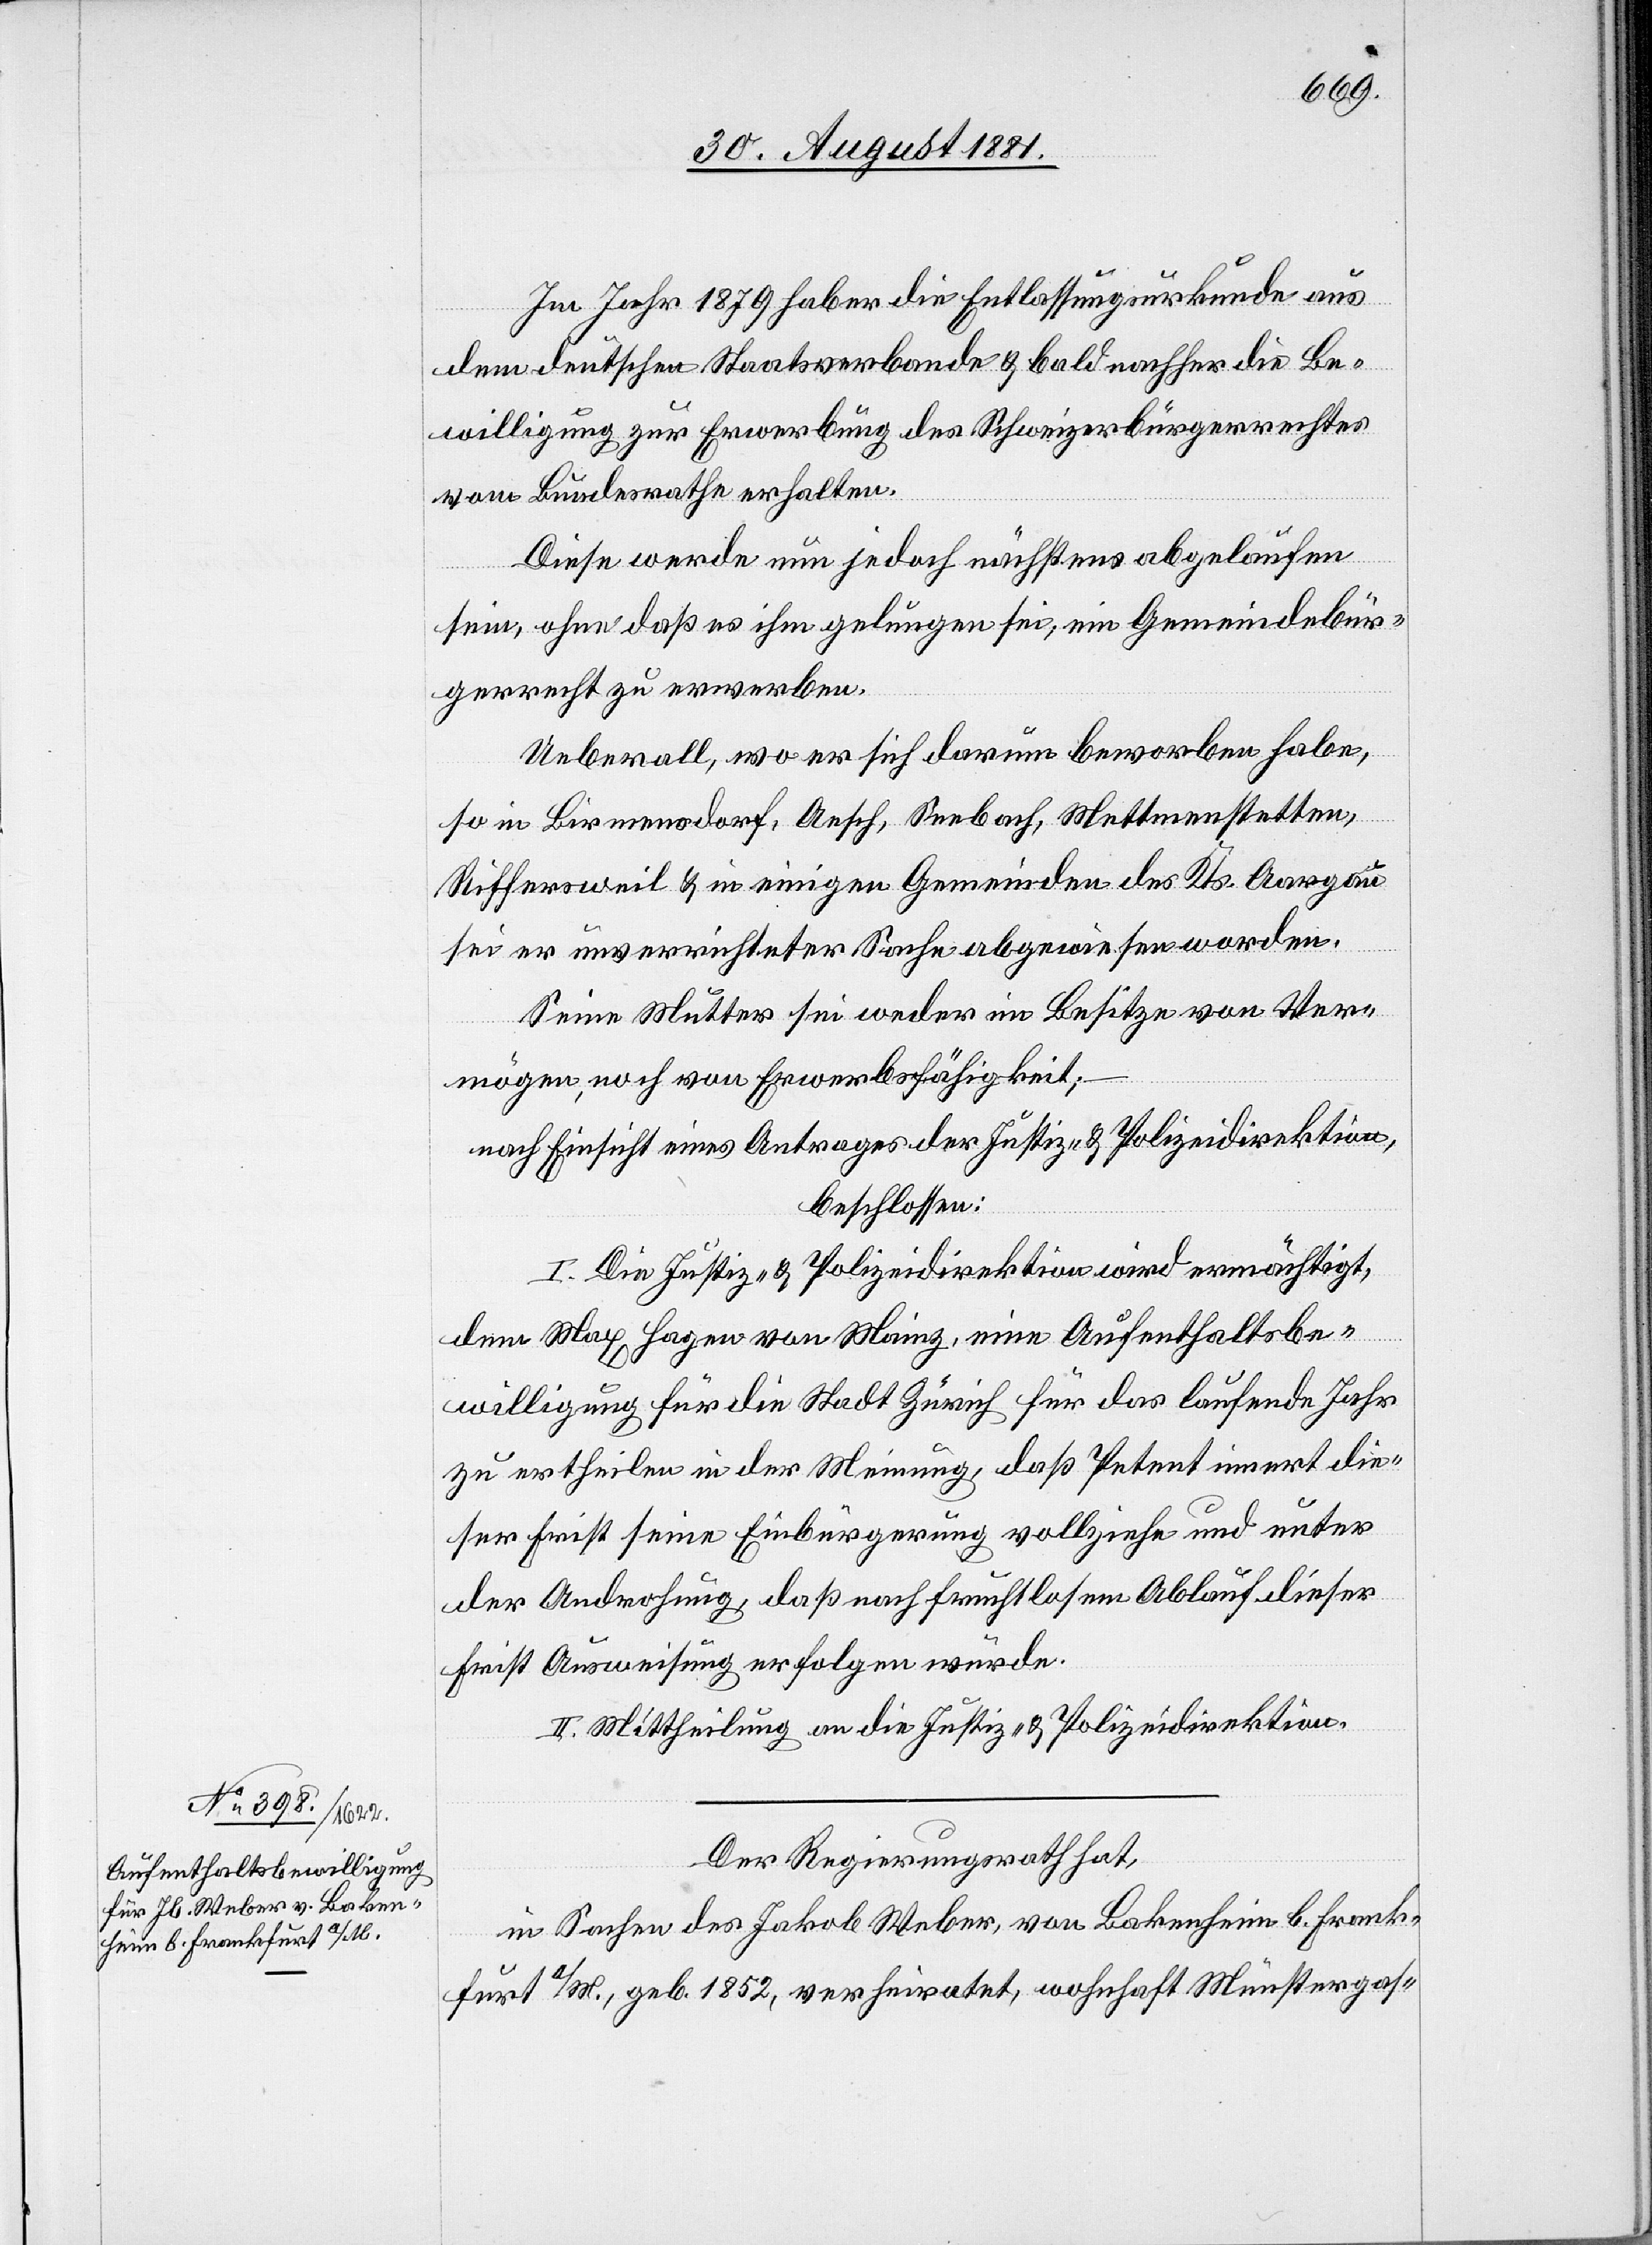
Im Jahr 1879 hab er die Entlassungsurkunde aus
dem deutschen Staatsverbunde & bald nachher die Be¬
willigung zur Erwerbung des Schweizerbürgerrechtes
vom Bundesrathe erhalten.
Diese werde nun jedoch nächstens abgelaufen
sein, ohne daß es ihm gelungen sei, ein Gemeindebür¬
gerrecht zu erwerben.
Ueberall, wo er sich darum beworben habe,
so in Birmensdorf, Aesch, Seebach, Mettmenstetten,
Rifferseweil & in einigen Gemeinden des Kts. Aargau
sei er unverrichteter Sache abgewiesen worden.
Seine Mutter sei weder im Besitze von Ver¬
mögen, noch von Erwerbsfähigkeit;–
nach Einsicht eines Antrages der Justiz- & Polizeidirektion,
beschlossen:
I. Die Justiz- & Polizeidirektion wird ermächtigt,
dem Max Hagen von Mainz, eine Aufenthaltsbe¬
willigung für die Stadt Zürich für das laufende Jahr
zu ertheilen in der Meinung, daß Petent innert die¬
ser Frist seine Einbürgerung vollziehe und unter
der Androhung, daß nach fruchtlosem Ablauf dieser
Frist Ausweisung erfolgen würde.
II. Mittheilung an die Justiz- & Polizeidirektion.
Der Regierungsrath hat,
in Sachen des Jakob Weber, von Bakenheim b. Frank¬
furt a/M., geb. 1852, verheiratet, wohnhaft Münstergas-